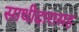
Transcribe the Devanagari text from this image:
साथीदारासह